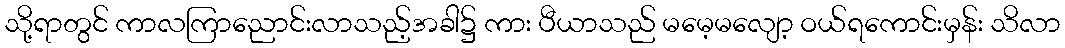
သို့ရာတွင် ကာလကြာညောင်းလာသည့်အခါ၌ ကား ပီယာသည် မမေ့မလျော့ ဝယ်ရကောင်းမှန်း သိလာ